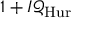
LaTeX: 1 + I { \mathcal { Q } } _ { \mathrm { H u r } }